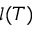
l ( T )